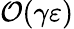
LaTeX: \mathcal{O}(\gamma\varepsilon)